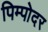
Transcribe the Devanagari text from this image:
पिम्पोदर